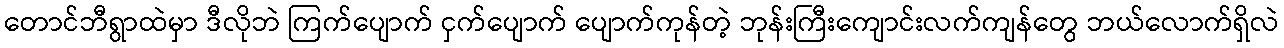
တောင်ဘီရွာထဲမှာ ဒီလိုဘဲ ကြက်ပျောက် ငှက်ပျောက် ပျောက်ကုန်တဲ့ ဘုန်းကြီးကျောင်းလက်ကျန်တွေ ဘယ်လောက်ရှိလဲ